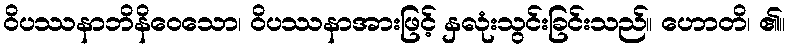
ဝိပဿနာဘိနိဝေသော၊ ဝိပဿနာအားဖြင့် နှလုံးသွင်းခြင်းသည်။ ဟောတိ၊ ၏။